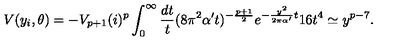
V ( y _ { i } , \theta ) = - V _ { p + 1 } ( i ) ^ { p } \int _ { 0 } ^ { \infty } \frac { d t } { t } ( 8 \pi ^ { 2 } \alpha ^ { \prime } t ) ^ { - \frac { p + 1 } { 2 } } e ^ { - \frac { y ^ { 2 } } { 2 \pi \alpha ^ { \prime } } t } 1 6 t ^ { 4 } \simeq y ^ { p - 7 } .